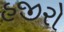
હજીરો